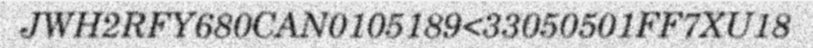
JWH2RFY680CAN0105189<33050501FF7XU18